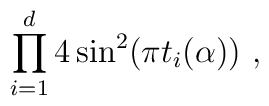
\prod_{i=1}^{d} 4\sin^2(\pi t_i (\alpha))~,